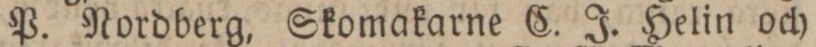
P. Nordberg, Skomakarne C. J. Helin och